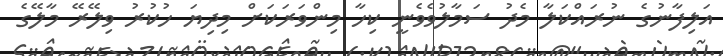
އަލިފާނުގެ ނުރައްކަލާ މެދު ސަމާލުވެވެނީ ކިހާ މިންވަރަކަށް މިދިޔަ ހުކުރު ވިލޭރޭ މާލޭގެ